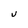
Character: U